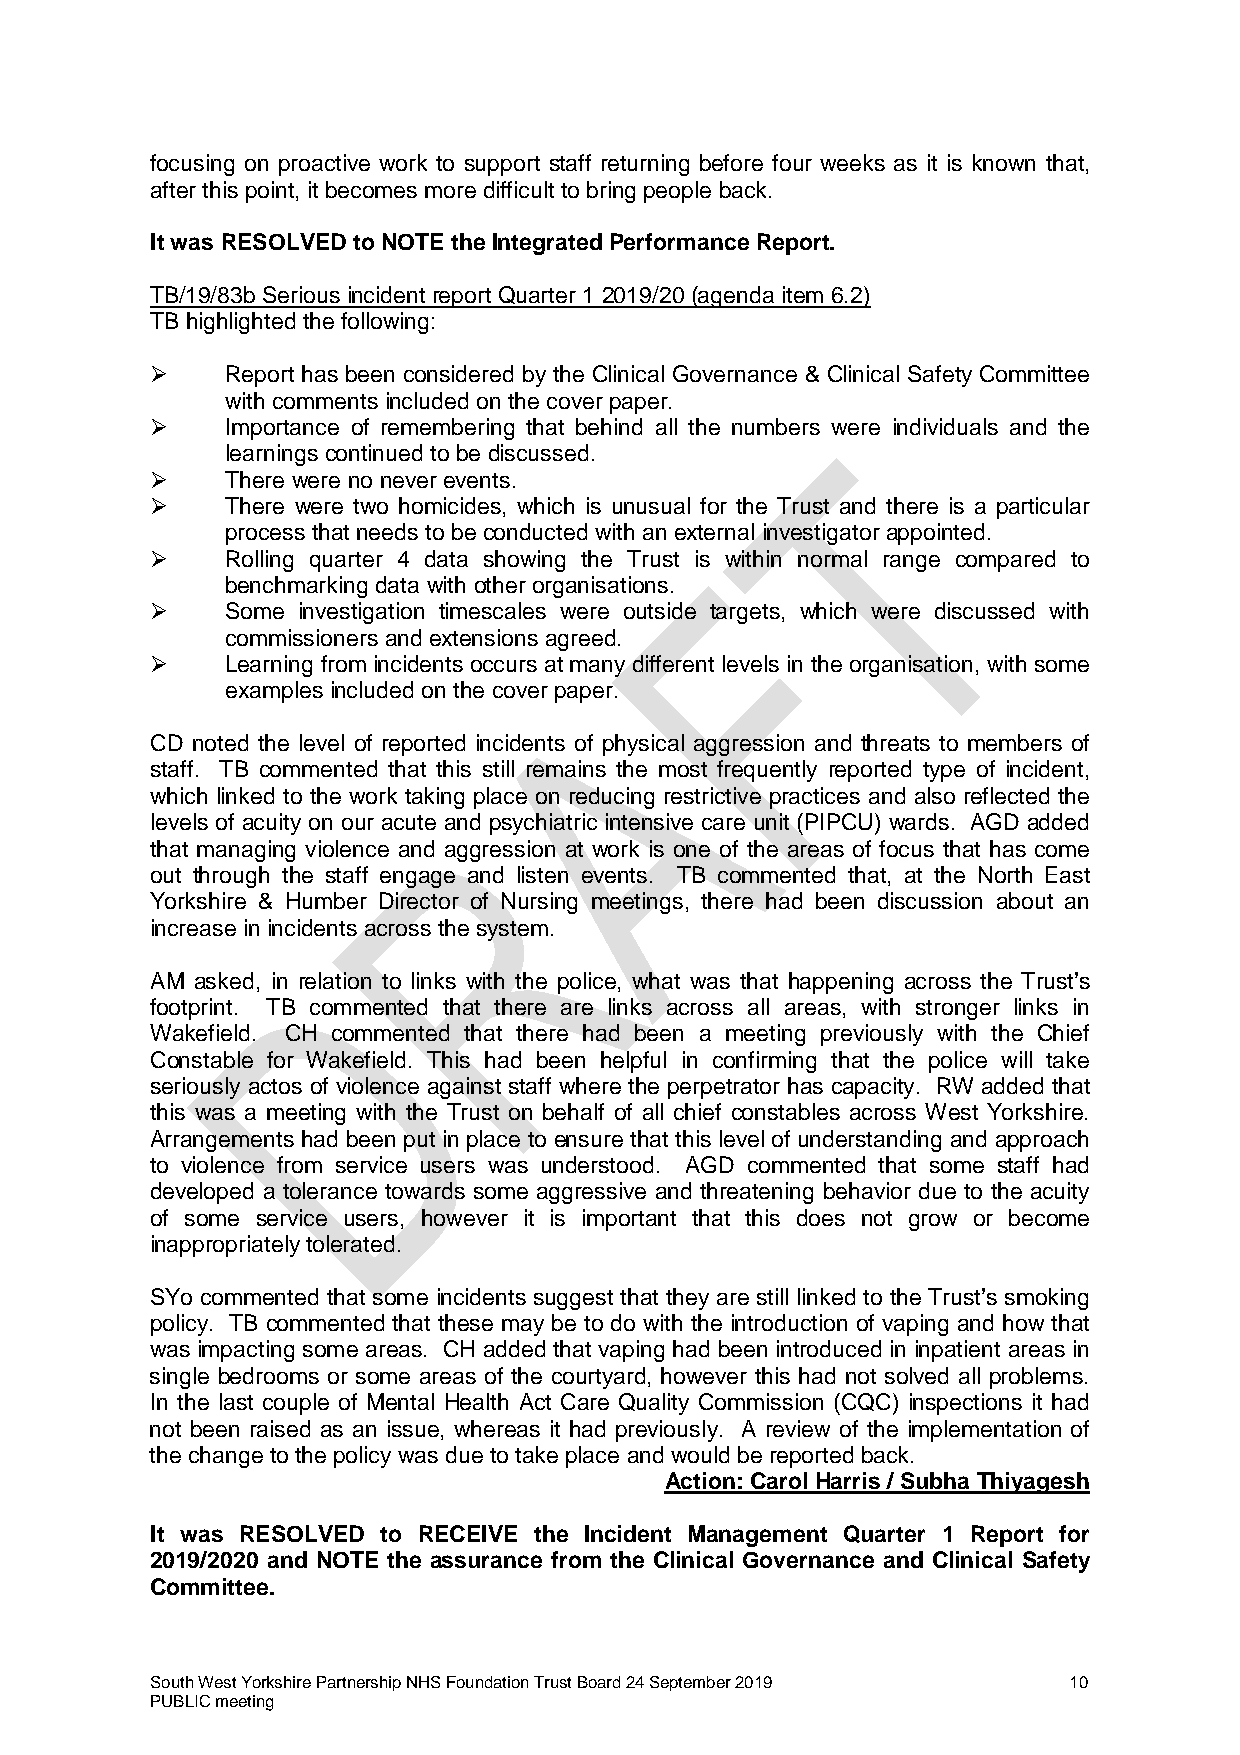
focusing on proactive work to support staff returning before four weeks as it is known that,
 after this point, it becomes more difficult to bring people back.
 It was RESOLVED to NOTE the Integrated Performance Report.
 TB/19/83b Serious incident report Quarter 1 2019/20 (agenda item 6.2)
 TB highlighted the following:
     Report has been considered by the Clinical Governance & Clinical Safety Committee
 with comments included on the cover paper.
     Importance of remembering that behind all the numbers were individuals and the
 learnings continued to be discussed.
     There were no never events.
     There were two homicides, which is unusual for the Trust and there is a particular
 process that needs to be conducted with an external investigator appointed.
     Rolling quarter 4 data showing the Trust is within normal range compared to
 benchmarking data with other organisations.
     Some investigation timescales were outside targets, which were discussed with
 commissioners and extensions agreed.
     Learning from incidents occurs at many different levels in the organisation, with some
 examples included on the cover paper.
 CD noted the level of reported incidents of physical aggression and threats to members of
 staff. TB commented that this still remains the most frequently reported type of incident,
 which linked to the work taking place on reducing restrictive practices and also reflected the
 levels of acuity on our acute and psychiatric intensive care unit (PIPCU) wards. AGD added
 that managing violence and aggression at work is one of the areas of focus that has come
 out through the staff engage and listen events. TB commented that, at the North East
 Yorkshire & Humber Director of Nursing meetings, there had been discussion about an
 increase in incidents across the system.
 AM asked, in relation to links with the police, what was that happening across the Trust’s
 footprint. TB commented that there are links across all areas, with stronger links in
 Wakefield. CH commented that there had been a meeting previously with the Chief
 Constable for Wakefield. This had been helpful in confirming that the police will take
 seriously actos of violence against staff where the perpetrator has capacity. RW added that
 this was a meeting with the Trust on behalf of all chief constables across West Yorkshire.
 Arrangements had been put in place to ensure that this level of understanding and approach
 to violence from service users was understood. AGD commented that some staff had
 developed a tolerance towards some aggressive and threatening behavior due to the acuity
 of some service users, however it is important that this does not grow or become
 inappropriately tolerated.
 SYo commented that some incidents suggest that they are still linked to the Trust’s smoking
 policy. TB commented that these may be to do with the introduction of vaping and how that
 was impacting some areas. CH added that vaping had been introduced in inpatient areas in
 single bedrooms or some areas of the courtyard, however this had not solved all problems.
 In the last couple of Mental Health Act Care Quality Commission (CQC) inspections it had
 not been raised as an issue, whereas it had previously. A review of the implementation of
 the change to the policy was due to take place and would be reported back.
 Action: Carol Harris / Subha Thiyagesh
 It was RESOLVED to RECEIVE the Incident Management Quarter 1 Report for
 2019/2020 and NOTE the assurance from the Clinical Governance and Clinical Safety
 Committee.
 South West Yorkshire Partnership NHS Foundation Trust Board 24 September 2019 10
 PUBLIC meeting